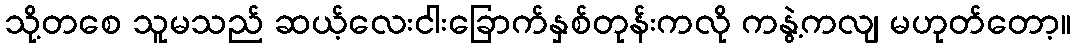
သို့တစေ သူမသည် ဆယ့်လေးငါးခြောက်နှစ်တုန်းကလို ကနွဲ့ကလျ မဟုတ်တော့။